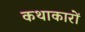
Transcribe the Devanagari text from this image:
कथाकारों